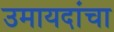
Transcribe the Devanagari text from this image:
उमायदांचा